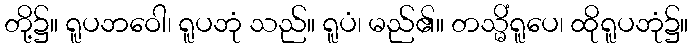
တို့၌။ ရူပဘဝေါ၊ ရူပဘုံ သည်။ ရူပံ၊ မည်၏။ တသ္မိံရူပေ၊ ထိုရူပဘုံ၌။